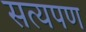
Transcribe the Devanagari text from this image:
सत्यपण